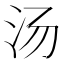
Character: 汤